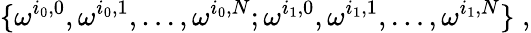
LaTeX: \{ \omega^{i_{0},0},\omega^{i_{0},1},\ldots,\omega^{i_{0},N};\omega^{i_{1},0},\omega^{i_{1},1},\ldots,\omega^{i_{1},N}\} \; ,